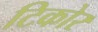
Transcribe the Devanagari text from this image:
टिकोर